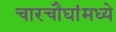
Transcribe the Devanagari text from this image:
चारचौघांमध्ये